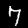
Label: 7